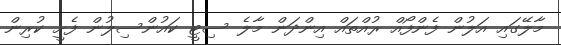
މާލޭގައި އަލުން ފެންފޯއް ރުއްތައް އިންދަން މާލެ ސިޓީ ކައުންސިލުން ފެށީ ކުރިން